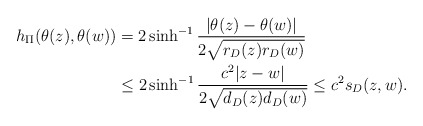
\begin{align*}h_\Pi(\theta(z),\theta(w))&=2\sinh^{-1}\frac{|\theta(z)-\theta(w)|}{2\sqrt{r_D(z)r_D(w)}}\\&\le2\sinh^{-1}\frac{c^2|z-w|}{2\sqrt{d_D(z)d_D(w)}}\le c^2s_D(z,w).\end{align*}